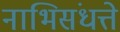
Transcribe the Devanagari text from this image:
नाभिसंधत्ते